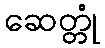
ဆေတ္တုံ